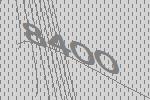
8400